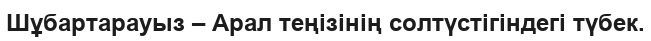
Шұбартарауыз – Арал теңізінің солтүстігіндегі түбек.